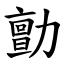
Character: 勯